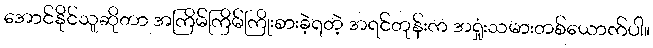
အောင်နိုင်သူဆိုတာ အကြိမ်ကြိမ်ကြိုးစားခဲ့ရတဲ့ အရင်တုန်းက အရှုံးသမားတစ်ယောက်ပါ။